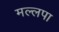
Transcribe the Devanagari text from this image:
मल्लपा